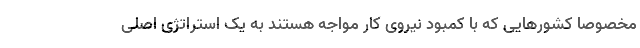
مخصوصا کشورهایی که با کمبود نیروی کار مواجه هستند به یک استراتژی اصلی